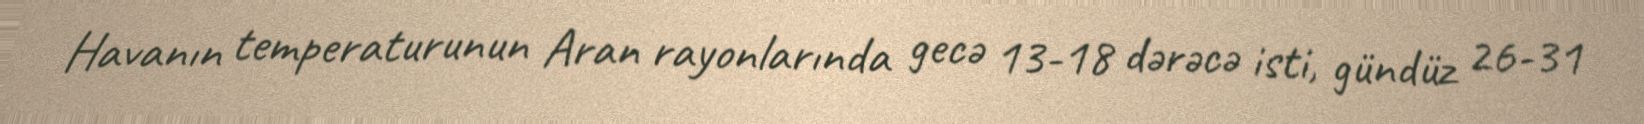
Havanın temperaturunun Aran rayonlarında gecə 13-18 dərəcə isti, gündüz 26-31